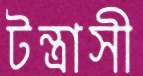
টন্ত্রাসী